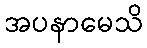
အပနာမေသိ